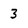
Character: 3